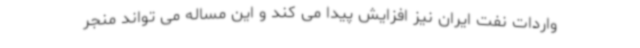
واردات نفت ایران نیز افزایش پیدا می کند و این مساله می تواند منجر